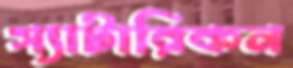
স্যাটারিকন